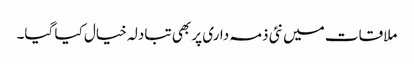
ملاقات میں نئی ذمہ داری پر بھی تبادلہ خیال کیا گیا۔